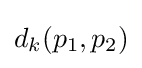
d_{k}(p_{1},p_{2})